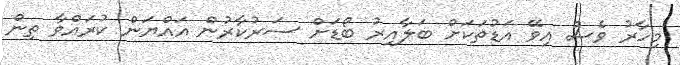
މިހާރު ވެސް އިވޭ އަޑުތަކަށް ބަލާއިރު ބޯޑަށް ސަރުކާރުން އައްޔަން ކުރައްވާ ތިން